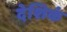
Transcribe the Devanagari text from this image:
देशिकं